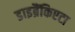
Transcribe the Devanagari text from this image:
डाइब्रैंकिएटा